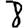
Digit: 8